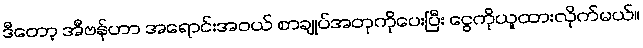
ဒီတော့ အီဗန်ဟာ အရောင်းအဝယ် စာချုပ်အတုကိုပေးပြီး ငွေကိုယူထားလိုက်မယ်။